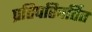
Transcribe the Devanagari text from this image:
प्रतिपरिवर्तित